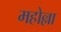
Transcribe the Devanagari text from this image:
महोल्ला